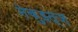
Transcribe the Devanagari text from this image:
नेक़ुइत्ज़